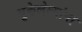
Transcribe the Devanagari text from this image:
भुकेलेल्यांना